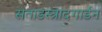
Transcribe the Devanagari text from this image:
सताडस्त्रादगार्डन